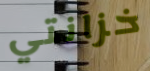
خزانتي